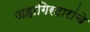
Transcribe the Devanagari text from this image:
जहागिरदारांचे